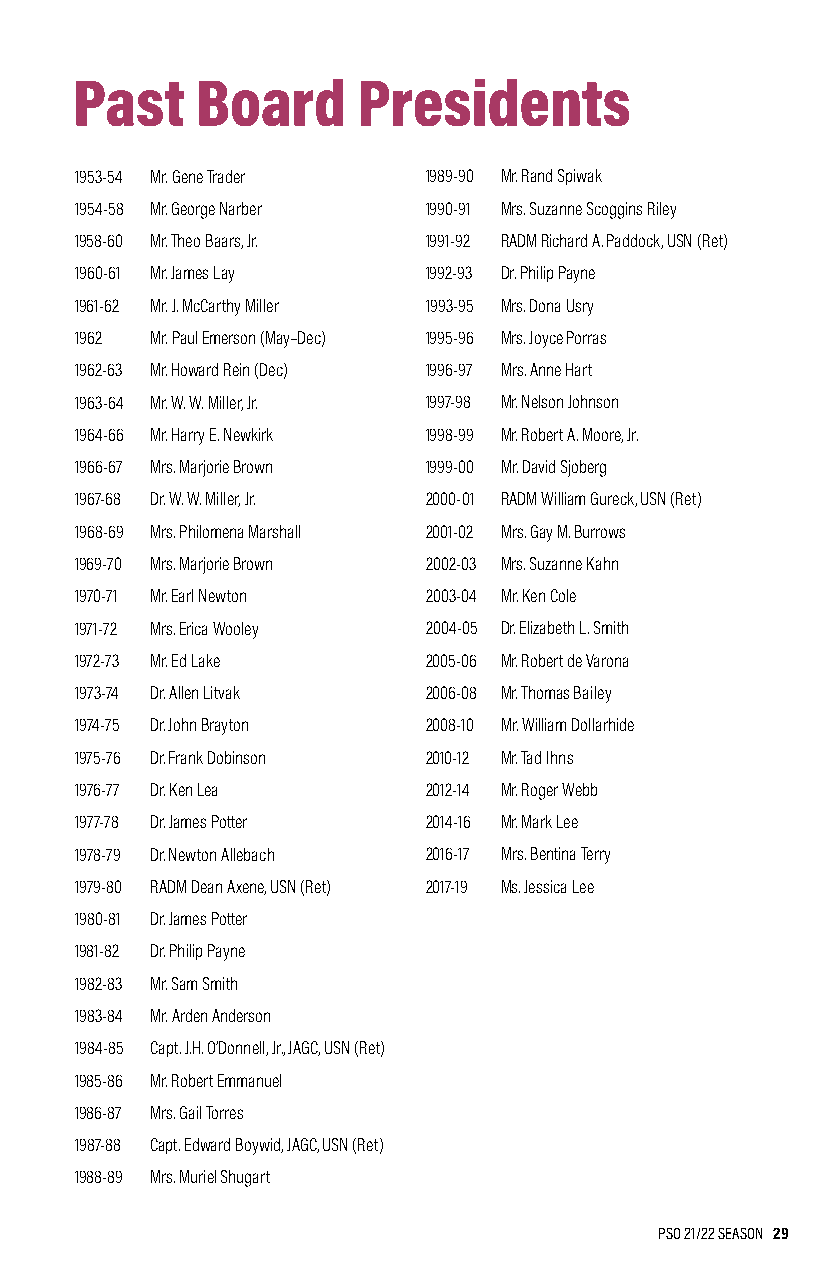
Past    Board      Presidents
 1953-54 Mr. Gene Trader 1989-90 Mr. Rand Spiwak
 1954-58 Mr. George Narber 1990-91 Mrs. Suzanne Scoggins Riley
 1958-60 Mr. Theo Baars, Jr. 1991-92 RADM Richard A. Paddock, USN (Ret)
 1960-61 Mr. James Lay  1992-93 Dr. Philip Payne
 1961-62 Mr. J. McCarthy Miller 1993-95 Mrs. Dona Usry
 1962 Mr. Paul Emerson (May–Dec) 1995-96 Mrs. Joyce Porras
 1962-63 Mr. Howard Rein (Dec) 1996-97 Mrs. Anne Hart
 1963-64 Mr. W. W. Miller, Jr. 1997-98 Mr. Nelson Johnson
 1964-66 Mr. Harry E. Newkirk 1998-99 Mr. Robert A. Moore, Jr.
 1966-67 Mrs. Marjorie Brown 1999-00 Mr. David Sjoberg
 1967-68 Dr. W. W. Miller, Jr. 2000-01 RADM William Gureck, USN (Ret)
 1968-69 Mrs. Philomena Marshall 2001-02 Mrs. Gay M. Burrows
 1969-70 Mrs. Marjorie Brown 2002-03 Mrs. Suzanne Kahn
 1970-71 Mr. Earl Newton 2003-04 Mr. Ken Cole
 1971-72 Mrs. Erica Wooley 2004-05 Dr. Elizabeth L. Smith
 1972-73 Mr. Ed Lake    2005-06 Mr. Robert de Varona
 1973-74 Dr. Allen Litvak 2006-08 Mr. Thomas Bailey
 1974-75 Dr. John Brayton 2008-10 Mr. William Dollarhide
 1975-76 Dr. Frank Dobinson 2010-12 Mr. Tad Ihns
 1976-77 Dr. Ken Lea    2012-14 Mr. Roger Webb
 1977-78 Dr. James Potter 2014-16 Mr. Mark Lee
 1978-79 Dr. Newton Allebach 2016-17 Mrs. Bentina Terry
 1979-80 RADM Dean Axene, USN (Ret) 2017-19 Ms. Jessica Lee
 1980-81 Dr. James Potter
 1981-82 Dr. Philip Payne
 1982-83 Mr. Sam Smith
 1983-84 Mr. Arden Anderson
 1984-85 Capt. J.H. O’Donnell, Jr., JAGC, USN (Ret)
 1985-86 Mr. Robert Emmanuel
 1986-87 Mrs. Gail Torres
 1987-88 Capt. Edward Boywid, JAGC, USN (Ret)
 1988-89 Mrs. Muriel Shugart
 PSO 21/22 SEASON 29